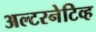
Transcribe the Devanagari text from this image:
अल्टरनेटिव्ह